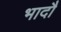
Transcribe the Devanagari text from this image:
भादौ